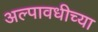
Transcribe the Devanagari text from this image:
अल्पावधीच्या